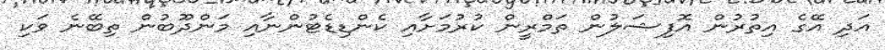
އަދި އޭގެ އިތުރުން އޮފިޝަލުން ތަމްރީން ކުރުމަށާއި ކެންޑިޑެޓުންނާއި މަންދޫބުން ތިބޭނެ ވަކި